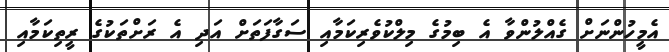
އެމީހުންނަށް ގެއްލުންވާ އެ ބިމުގެ މިލްކުވެރިކަމާއި ސަގާފަތަށް އަދި އެ ރަށްތަކުގެ ރީތިކަމާއި